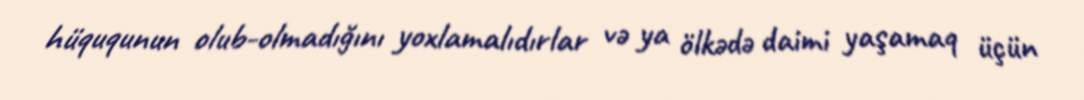
hüququnun olub-olmadığını yoxlamalıdırlar və ya ölkədə daimi yaşamaq üçün